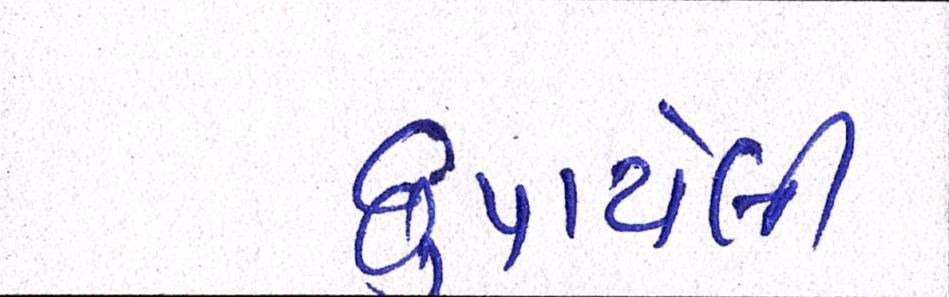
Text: છુપાયેલી